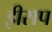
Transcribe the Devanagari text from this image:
इीसप